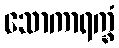
သောကာရက္ခံ